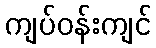
ကျပ်ဝန်းကျင်